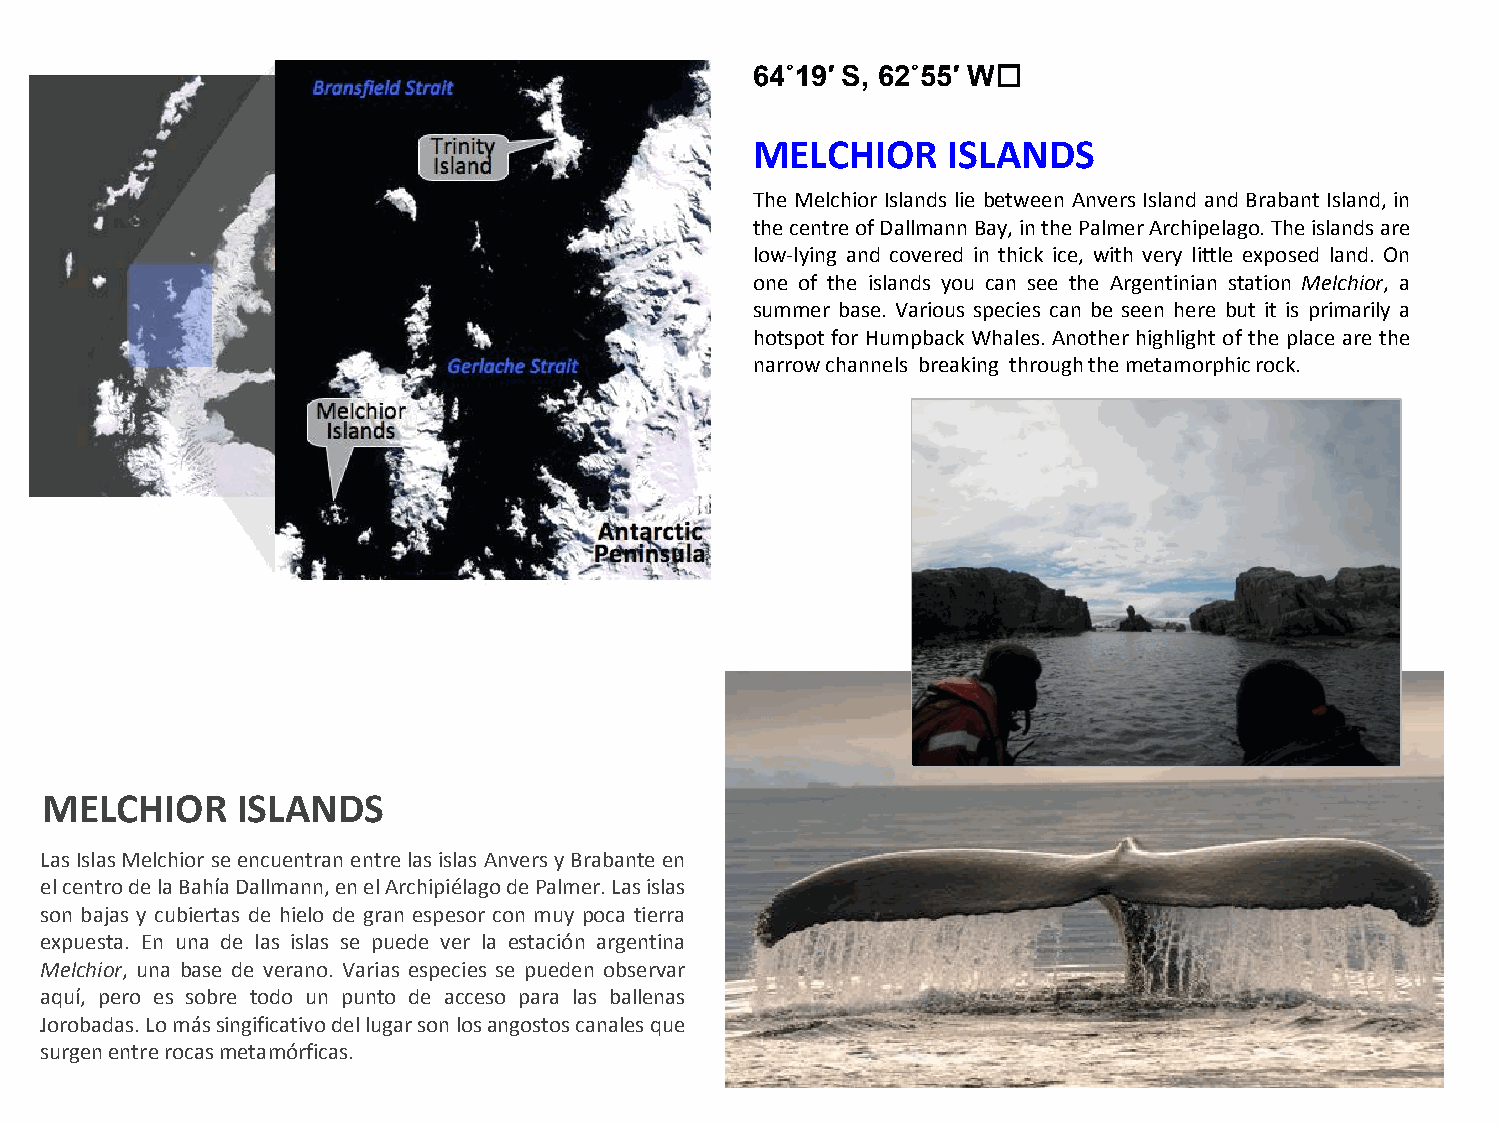
64˚19′ S, 62˚55′ W﻿
 MELCHIOR     ISLANDS
 The Melchior Islands lie between Anvers Island and Brabant Island, in
 the centre of Dallmann Bay, in the Palmer Archipelago. The islands are
 low-lying and covered in thick ice, with very little exposed land. On
 one of the islands you can see the Argentinian station Melchior, a
 summer base. Various species can be seen here but it is primarily a
 hotspot for Humpback Whales. Another highlight of the place are the
 narrow channels breaking through the metamorphic rock.
 MELCHIOR     ISLANDS
 Las Islas Melchior se encuentran entre las islas Anvers y Brabante en
 el centro de la Bahía Dallmann, en el Archipiélago de Palmer. Las islas
 son bajas y cubiertas de hielo de gran espesor con muy poca tierra
 expuesta. En una de las islas se puede ver la estación argentina
 Melchior, una base de verano. Varias especies se pueden observar
 aquí, pero es sobre todo un punto de acceso para las ballenas
 Jorobadas. Lo más singificativo del lugar son los angostos canales que
 surgen entre rocas metamórficas.